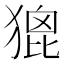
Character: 𤠞